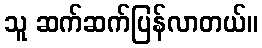
သူ ဆက်ဆက်ပြန်လာတယ်။